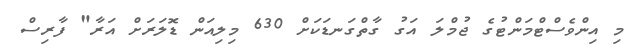
މި އިންވެސްޓްމަންޓުގެ ޖުމްލަ އަގު ގާތްގަނޑަކަށް 630 މިލިއަން ޑޮލަރަށް އަރާ" ފާރިސް